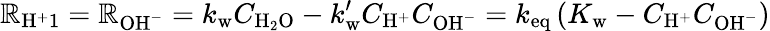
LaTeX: \mathbb{R}_{\mathrm{{H}}^{+}1}=\mathbb{R}_{\mathrm{{OH}}^{-}}=k_{\mathrm{{w}}}C_{\mathrm{{H}}_{2}\mathrm{{O}}}-k_{\mathrm{{w}}}^{\prime}C_{\mathrm{{H}}^{+}}C_{\mathrm{{OH}}^{-}}=k_{\mathrm{{eq}}}\left(K_{\mathrm{{w}}}-C_{\mathrm{{H}}^{+}}C_{\mathrm{{OH}}^{-}}\right)